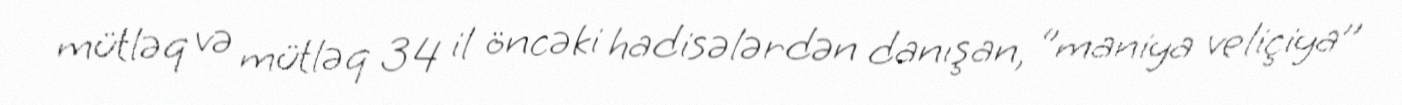
mütləq və mütləq 34 il öncəki hadisələrdən danışan, ‘’maniya veliçiya’’